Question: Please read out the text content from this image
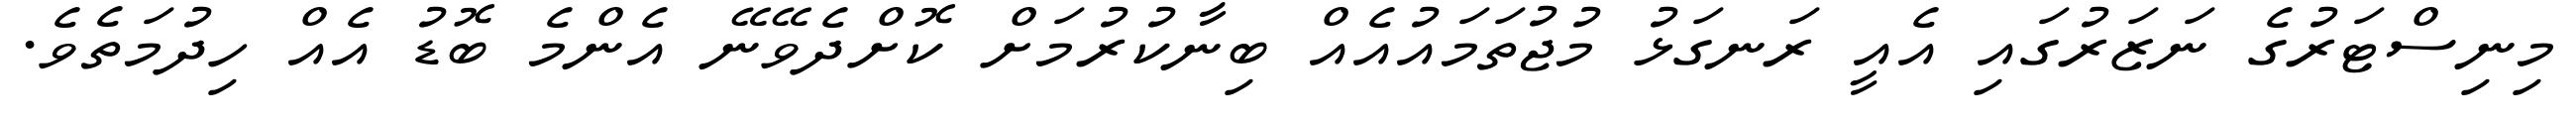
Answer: މިނިސްޓަރުގެ ނަޒަރުގައި އެއީ ރަނގަޅު މުޖުތަމައުއެއް ބިނާކުރުމަށް ކޮށްދެވޭނޭ އެންމެ ބޮޑު އެއް ހިދުމަތެވެ.